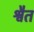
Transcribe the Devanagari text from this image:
श्वैत